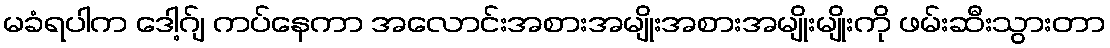
မခံရပါက ဒေါ့ဂ်ျ ကပ်နေကာ အလောင်းအစားအမျိုးအစားအမျိုးမျိုးကို ဖမ်းဆီးသွားတာ